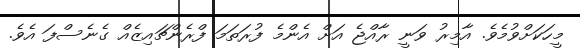
މީހަކަށްވުމެވެ. އާމިރު ވަނީ ރާއްޖެ އަށް އެންމެ ފުރަތަމަ ފްރެންޗައިޒެއް ގެނެސްފަ އެވެ.